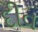
દીવ